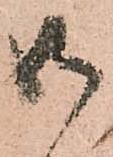
御